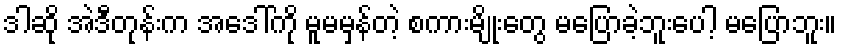
ဒါဆို အဲဒီတုန်းက အဒေါ်ကို မူမမှန်တဲ့ စကားမျိုးတွေ မပြောခဲ့ဘူးပေါ့ မပြောဘူး။